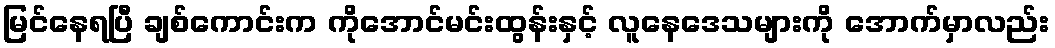
မြင်နေရပြီ ချစ်ကောင်းက ကိုအောင်မင်းထွန်းနှင့် လူနေဒေသများကို အောက်မှာလည်း